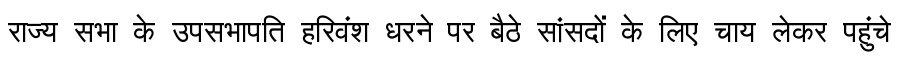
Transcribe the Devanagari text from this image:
राज्य सभा के उपसभापति हरिवंश धरने पर बैठे सांसदों के लिए चाय लेकर पहुंचे